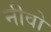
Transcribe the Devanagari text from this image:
नीवो